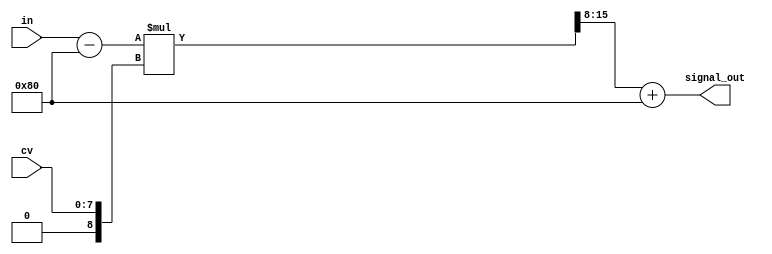
// not signed, symmetric max/2
module svca(in, cv, signal_out); //
parameter WIDTH = 8; //

input wire [(WIDTH-1):0] in, cv;
output wire [(WIDTH-1):0] signal_out;


wire signed [(WIDTH):0] s_in = in - 8'd128; // 0..255 -> signed -128..127
wire signed [(WIDTH):0] s_cv = cv;

wire signed [(WIDTH*2):0] result_s = s_in * s_cv;
wire signed [(WIDTH*2):0]   result_ss = result_s >>> 8;
wire [(WIDTH*2):0]   result_sss = result_ss + 8'd128;
assign signal_out = result_sss[(WIDTH-1):0];

endmodule